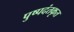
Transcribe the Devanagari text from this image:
पुष्पदंतकृत